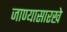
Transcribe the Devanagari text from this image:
जाण्यासारखे